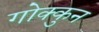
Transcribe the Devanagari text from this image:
गोक्कुन